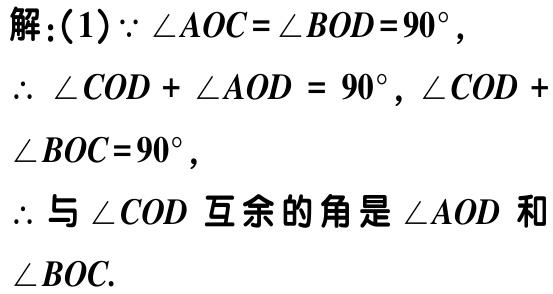
解：(1)$\because \angle AOC = \angle BOD = 90^{\circ}$，

$\therefore \angle COD + \angle AOD = 90^{\circ}, \angle COD + \angle BOC = 90^{\circ}$，

$\therefore$ 与$\angle COD$ 互余的角是$\angle AOD$ 和 $\angle BOC$.